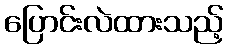
ပြောင်းလဲထားသည့်